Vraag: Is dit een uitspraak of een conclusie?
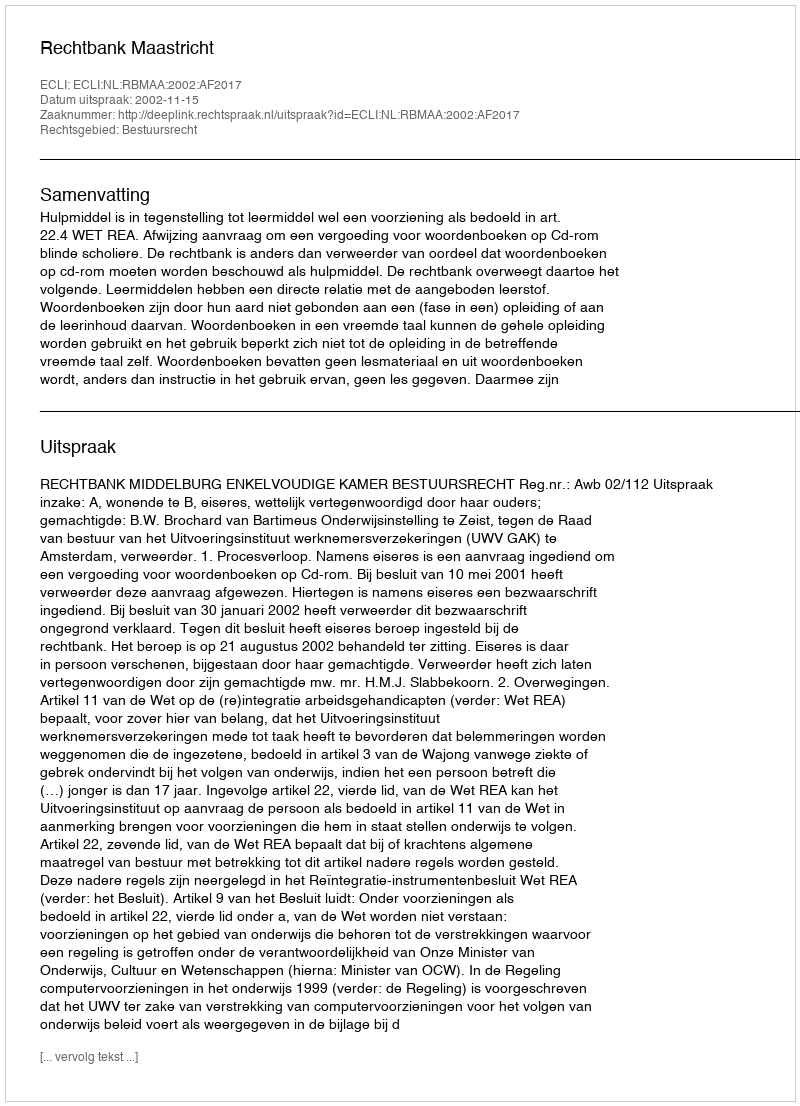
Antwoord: Uitspraak